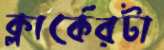
ক্লার্কেরটা